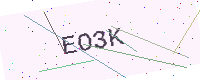
Text: EO3K